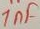
Text: 1nF